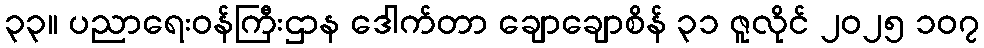
၃၃။ ပညာရေးဝန်ကြီးဌာန ဒေါက်တာ ချောချောစိန် ၃၁ ဇူလိုင် ၂၀၂၅ ၁၀၇